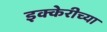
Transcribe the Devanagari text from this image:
इक्केरीच्या